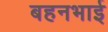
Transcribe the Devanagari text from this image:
बहनभाई